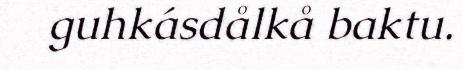
guhkásdålkå baktu.